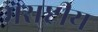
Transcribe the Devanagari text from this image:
मराष्ट्रीय